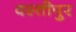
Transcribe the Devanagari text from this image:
वस्तीपुर